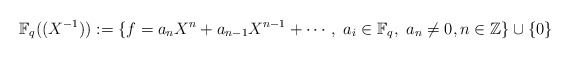
\begin{align*}{\mathbb F}_q((X^{-1})):=\{f=a_{n}X^{n}+a_{n-1}X^{n-1}+\cdots,\ a_i\in{\mathbb F}_q,\ a_n\ne 0, n\in{\mathbb Z}\}\cup\{0\}\end{align*}